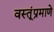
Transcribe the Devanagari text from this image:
वस्तूंप्रमाणे